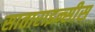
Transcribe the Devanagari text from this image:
साताराइन्सीस